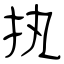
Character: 执